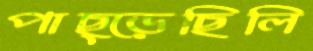
পাছ্‌ড়েছিলি